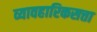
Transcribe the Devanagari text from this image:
व्यावहारिकसत्ता